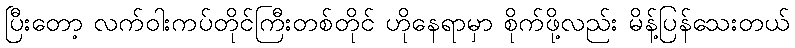
ပြီးတော့ လက်ဝါးကပ်တိုင်ကြီးတစ်တိုင် ဟိုနေရာမှာ စိုက်ဖို့လည်း မိန့်ပြန်သေးတယ်